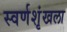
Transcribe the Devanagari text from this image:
स्वर्णशृंखला